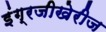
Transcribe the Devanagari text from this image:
इंग्रजीखेरीज